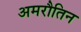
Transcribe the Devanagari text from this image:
अमरौतिन